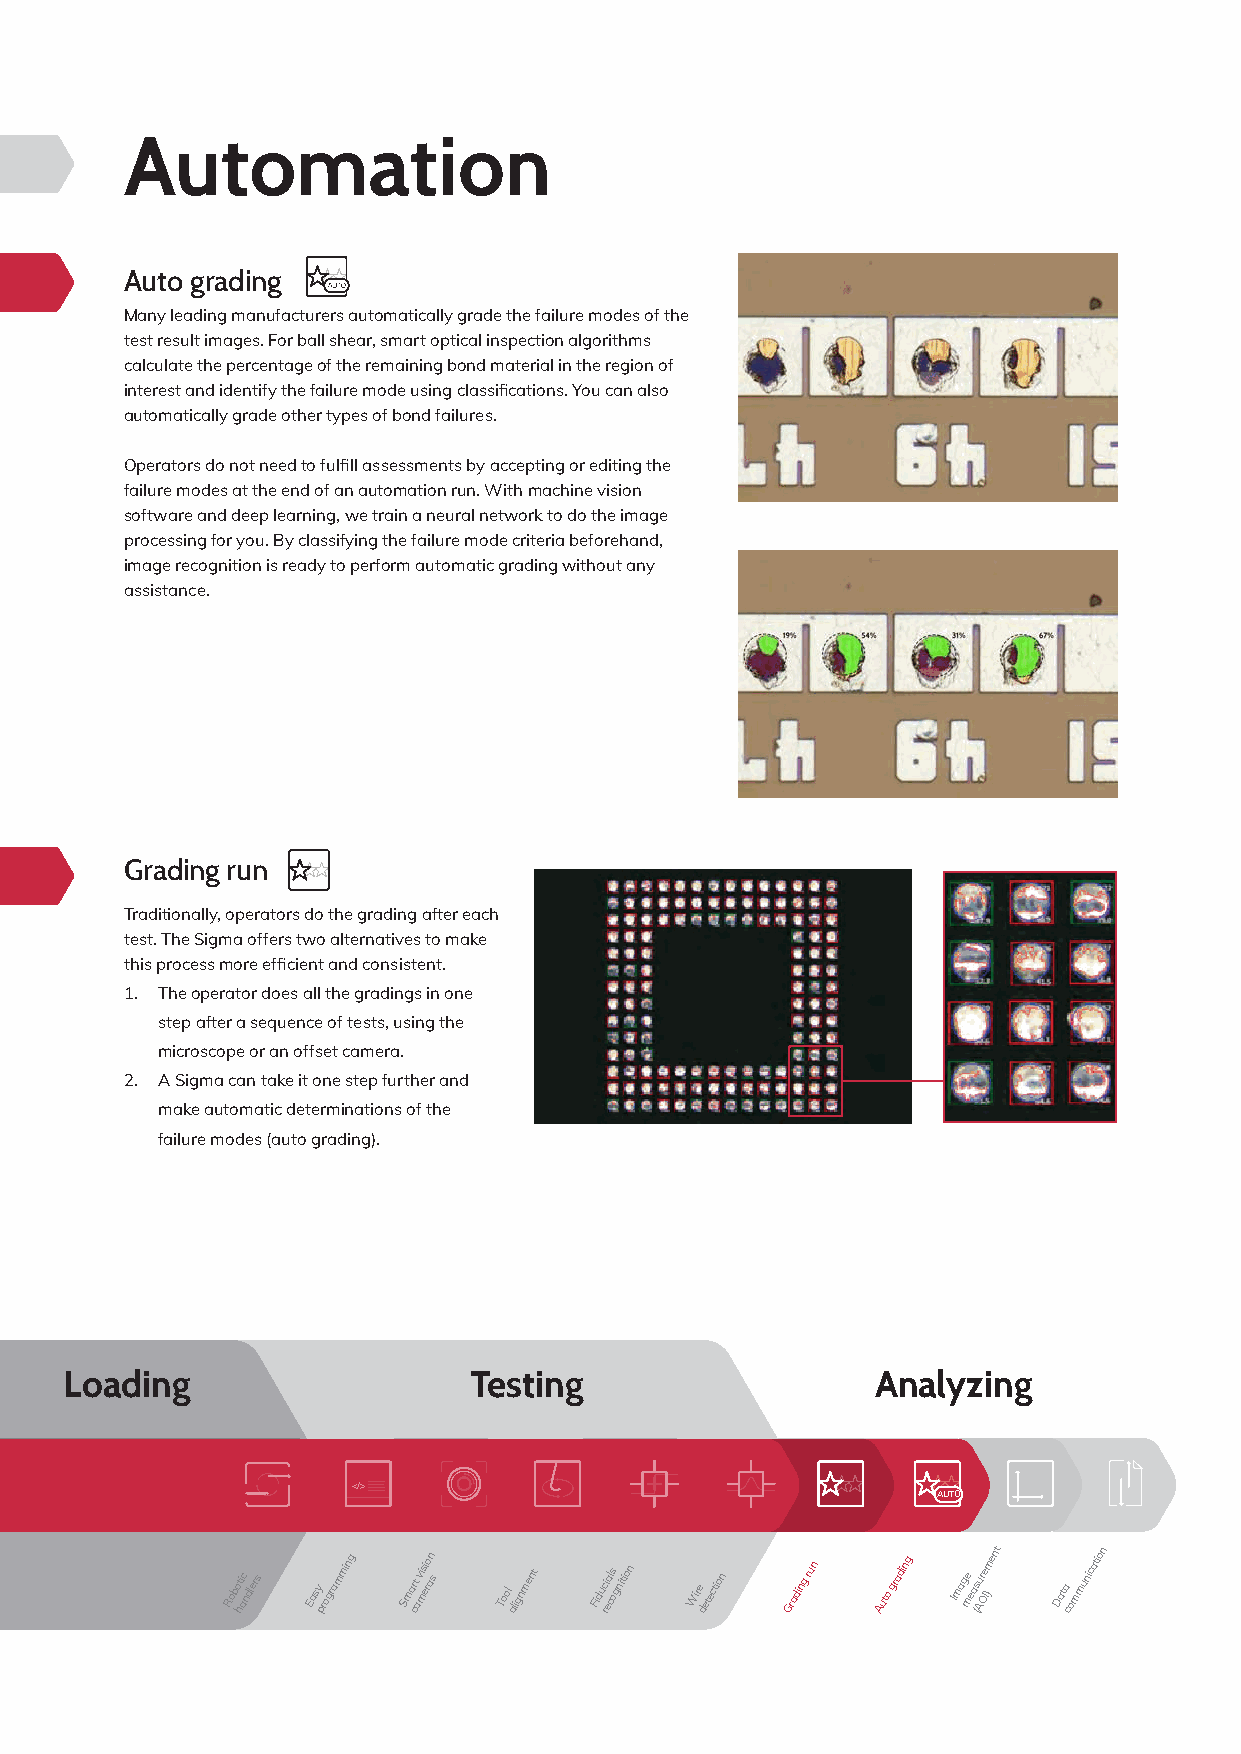
Automation
 Auto grading
 Many leading manufacturers automatically grade the failure modes of the
 test result images. For ball shear, smart optical inspection algorithms
 calculate the percentage of the remaining bond material in the region of
 interest and identify the failure mode using classifications. You can also
 automatically grade other types of bond failures.
 Operators do not need to fulfill assessments by accepting or editing the
 failure modes at the end of an automation run. With machine vision
 software and deep learning, we train a neural network to do the image
 processing for you. By classifying the failure mode criteria beforehand,
 image recognition is ready to perform automatic grading without any
 assistance.
 Grading run
 Traditionally, operators do the grading after each
 test. The Sigma offers two alternatives to make
 this process more efficient and consistent.
 1. The operator does all the gradings in one
 step after a sequence of tests, using the
 microscope or an offset camera.
 2. A Sigma can take it one step further and
 make automatic determinations of the
 failure modes (auto grading).
 Loading                    Testing                    Analyzing
 <<//>>
 AAUUTTOO
 Robo hti ac ndlers Easy programming Smar ct avi msi ero an s Tool alignment Fiduc ri ea cls ognition Wire detection Grading run Auto grading Image mea (su Ar Oe I)ment Data communication